Plague in India, 1896, 1897 - Volume 1
Year: 1896
Disease focus: Plague
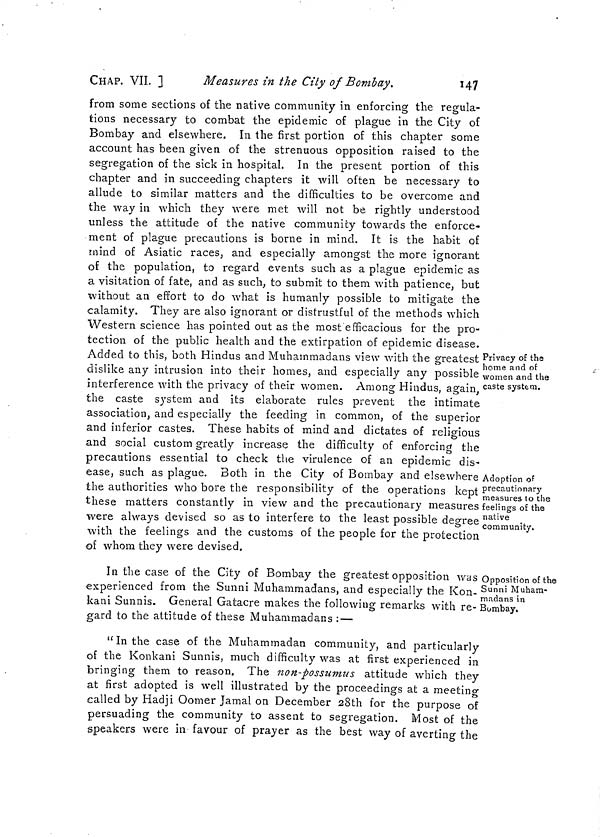
CHAP. VII. ]
Measures in the City of Bombay.
147
Privacy of the
home and of
women and the
caste system.
Adoption of
precautionary
measures to the
feelings of the
native
community.
from some sections of the native community in enforcing the regula-
tions necessary to combat the epidemic of plague in the City of
Bombay and elsewhere. In the first portion of this chapter some
account has been given of the strenuous opposition raised to the
segregation of the sick in hospital. In the present portion of this
chapter and in succeeding chapters it will often be necessary to
allude to similar matters and the difficulties to be overcome and
the way in which they were met will not be rightly understood
unless the attitude of the native community towards the enforce-
ment of plague precautions is borne in mind. It is the habit of
mind of Asiatic races, and especially amongst the more ignorant
of the population, to regard events such as a plague epidemic as
a visitation of fate, and as such, to submit to them with patience, but
without an effort to do what is humanly possible to mitigate the
calamity. They are also ignorant or distrustful of the methods which
Western science has pointed out as the most efficacious for the pro-
tection of the public health and the extirpation of epidemic disease.
Added to this, both Hindus and Muhammadans view with the greatest
dislike any intrusion into their homes, and especially any possible
interference with the privacy of their women. Among Hindus, again,
the caste system and its elaborate rules prevent the intimate
association, and especially the feeding in common, of the superior
and inferior castes. These habits of mind and dictates of religious
and social custom greatly increase the difficulty of enforcing the
precautions essential to check the virulence of an epidemic dis-
ease, such as plague. Both in the City of Bombay and elsewhere
the authorities who bore the responsibility of the operations kept
these matters constantly in view and the precautionary measures
were always devised so as to interfere to the least possible degree
with the feelings and the customs of the people for the protection
of whom they were devised.
Opposition of the
Sunni Muham-
madans in
Bombay.
In the case of the City of Bombay the greatest opposition was
experienced from the Sunni Muhammadans, and especially the Kon-
kani Sunnis. General Gatacre makes the following remarks with re-
gard to the attitude of these Muhammadans :—
" In the case of the Muhammadan community, and particularly
of the Konkani Sunnis, much difficulty was at first experienced in
bringing them to reason. The non-possumus attitude which they
at first adopted is well illustrated by the proceedings at a meetino-
called by Hadji Oomer Jamal on December 28th for the purpose of
persuading the community to assent to segregation. Most of the
speakers were in favour of prayer as the best way of averting the